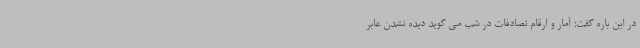
در این باره گفت: آمار و ارقام تصادفات در شب می گوید دیده نشدن عابر